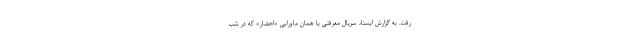
رفت. به گزارش ایسنا، سریال معرفتی یا همان ماورایی «احضار» که در شب